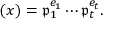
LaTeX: ( x ) = { \mathfrak { p } } _ { 1 } ^ { e _ { 1 } } \cdots { \mathfrak { p } } _ { t } ^ { e _ { t } } .